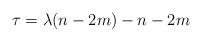
LaTeX: \begin{align*}\tau = \lambda(n-2m) - n - 2m\end{align*}